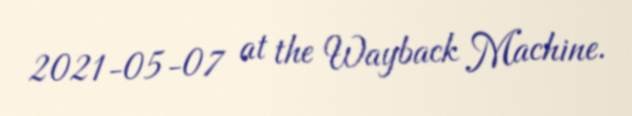
2021-05-07 at the Wayback Machine.